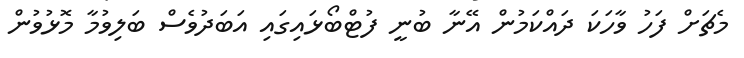
މެޗަށް ފަހު ވާހަކަ ދައްކަމުން އޭނާ ބުނީ ފުޓްބޯޅައިގައި އަބަދުވެސް ބަލިވުމާ މޮޅުވުން